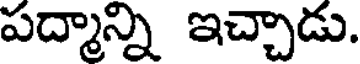
పద్మాన్ని ఇచ్చాడు.